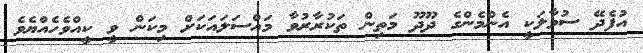
އުފެދޭ ސުވާލަކީ އެންމެންގެ ދޫދޫ މަތިން ތަކުރާރުވާ މައްސަލައަކަށް މިކަން ވީ ކީއްވެހެއްޔެވެ